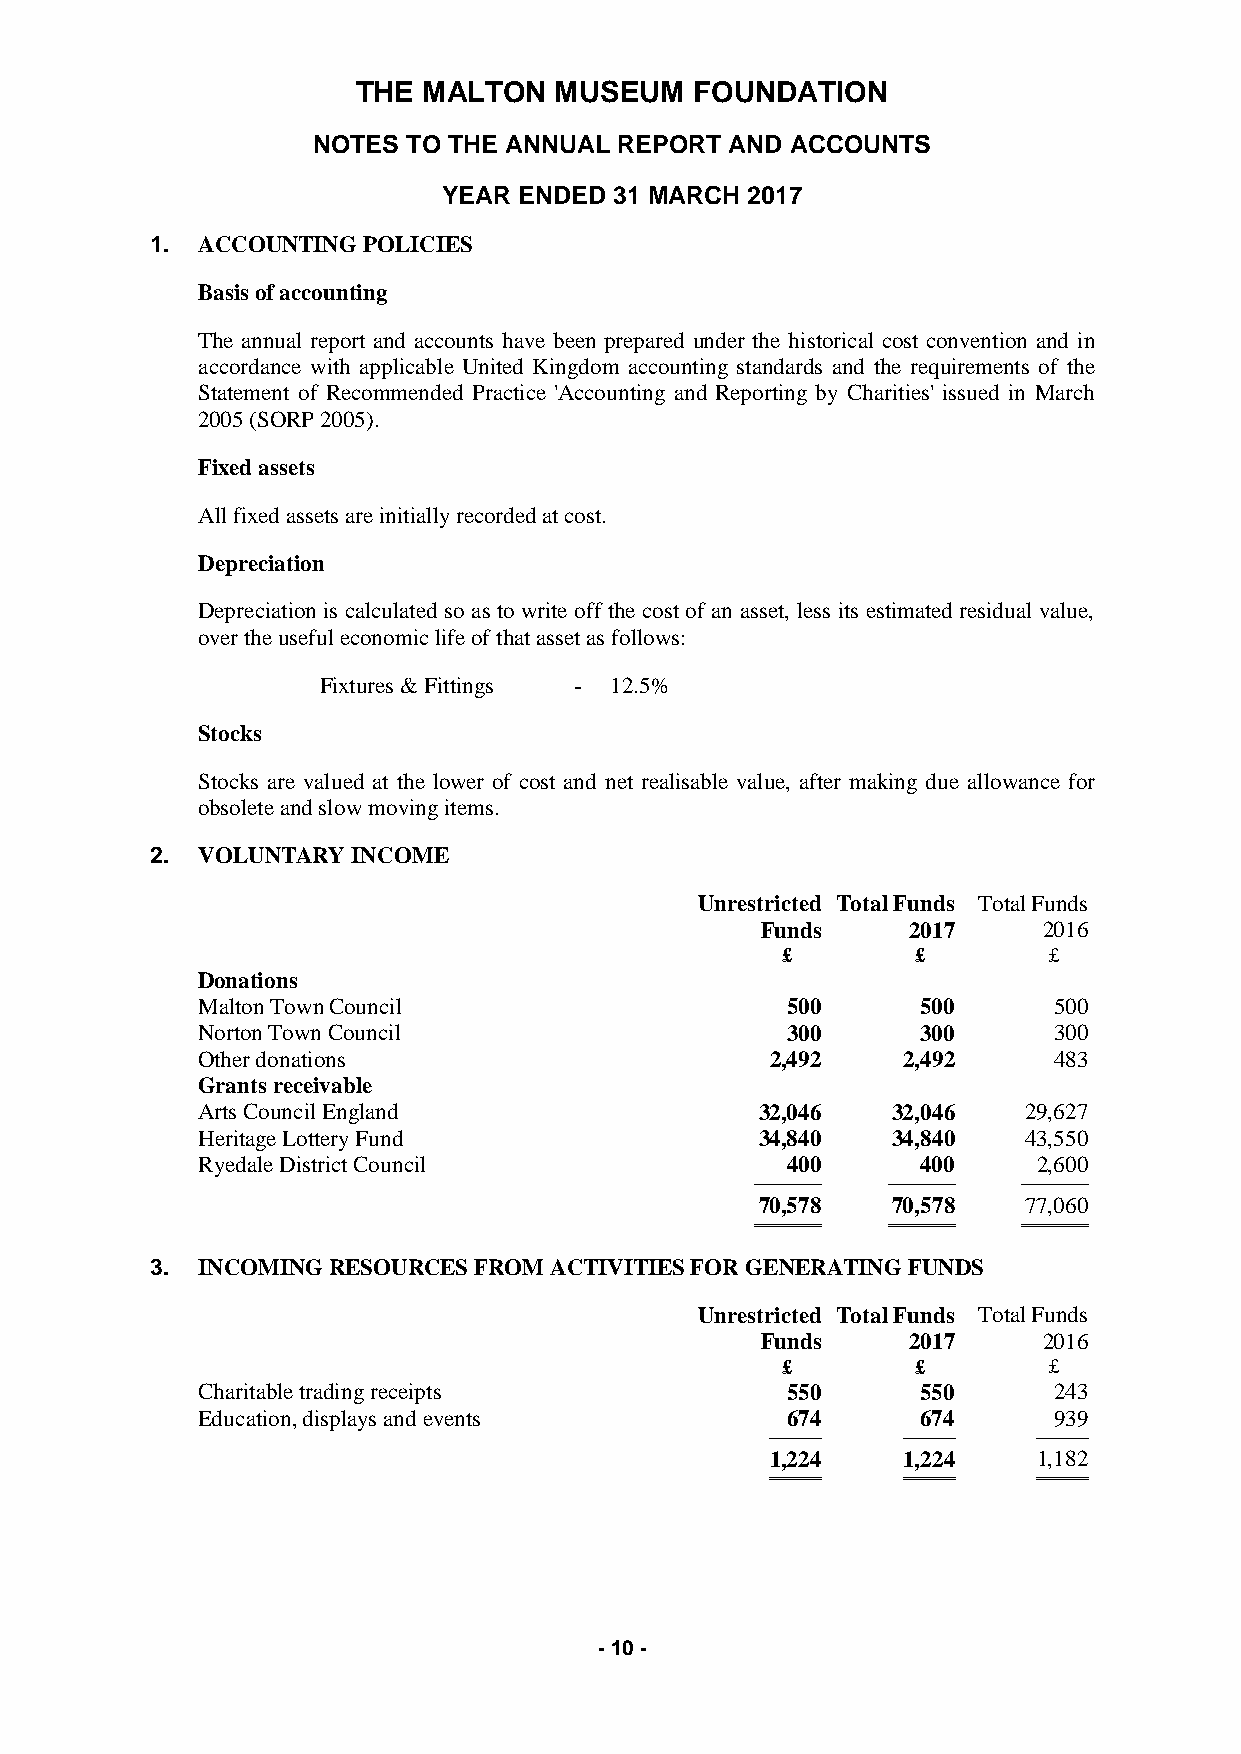
THE MALTON   MUSEUM   FOUNDATION
 NOTES TO THE ANNUAL REPORT AND ACCOUNTS
 YEAR ENDED  31 MARCH 2017
 1. ACCOUNTING POLICIES
 Basis of accounting
 The annual report and accounts have been prepared under the historical cost convention and in
 accordance with applicable United Kingdom accounting standards and the requirements of the
 Statement of Recommended Practice 'Accounting and Reporting by Charities' issued in March
 2005 (SORP 2005).
 Fixed assets
 All fixed assets are initially recorded at cost.
 Depreciation
 Depreciation is calculated so as to write off the cost of an asset, less its estimated residual value,
 over the useful economic life of that asset as follows:
 Fixtures & Fittings - 12.5%
 Stocks
 Stocks are valued at the lower of cost and net realisable value, after making due allowance for
 obsolete and slow moving items.
 2. VOLUNTARY INCOME
 Unrestricted Total Funds Total Funds
 Funds     2017     2016
 £        £       £
 Donations
 Malton Town Council                    500      500      500
 Norton Town Council                    300      300      300
 Other donations                       2,492    2,492     483
 Grants receivable
 Arts Council England                 32,046   32,046   29,627
 Heritage Lottery Fund                34,840   34,840   43,550
 Ryedale District Council               400      400     2,600
 ───────── ───────── ─────────
 70,578   70,578   77,060
 ═════════ ═════════ ═════════
 3. INCOMING RESOURCES FROM ACTIVITIES FOR GENERATING FUNDS
 Unrestricted Total Funds Total Funds
 Funds     2017     2016
 £        £       £
 Charitable trading receipts            550      550      243
 Education, displays and events         674      674      939
 ───────  ───────  ───────
 1,224    1,224    1,182
 ═══════  ═══════  ═══════
 - 10 -